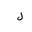
Letter: _lam